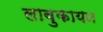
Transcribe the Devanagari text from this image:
लाबुकायन